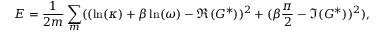
E = \frac { 1 } { 2 m } \sum _ { m } ( ( \ln ( \kappa ) + \beta \ln ( \omega ) - \Re ( G ^ { * } ) ) ^ { 2 } + ( \beta \frac { \pi } { 2 } - \Im ( G ^ { * } ) ) ^ { 2 } ) ,